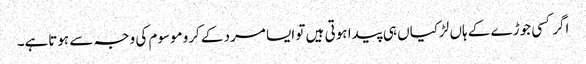
اگر کسی جوڑے کے ہاں لڑکیاں ہی پیدا ہوتی ہیں تو ایسا مرد کے کروموسوم کی وجہ سے ہوتاہے۔